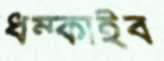
ধম্‌কাইব